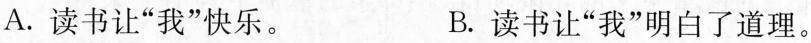
A. 读书让“我”快乐。 B.读书让“我”明白了道理。